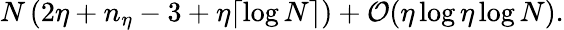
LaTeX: N\left(2\eta+n_{\eta}-3+\eta\lceil\log N\rceil\right)+\mathcal{O}(\eta\log\eta\log N).